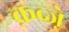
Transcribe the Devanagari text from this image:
क़ब्जे़